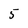
Character: 5